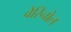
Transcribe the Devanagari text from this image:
वेरिनोल